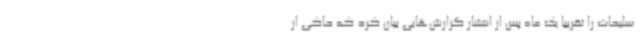
سلیحات را تقریبا یک ماه پس از انتشار گزارش‌هایی بیان کرد که حاکی از